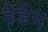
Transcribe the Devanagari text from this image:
हैडेन